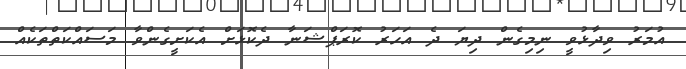
އުމަރު ވިދާޅުވީ ނިމިގެން ދިޔަ ދެ އަަހަރު ކޮރަޕްޝަނާ ދެކޮޅަށް އެކަށީގެންވާ މަސައްކަތްތަކެއް